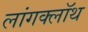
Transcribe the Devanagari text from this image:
लांगक्लॉथ